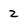
Character: 2